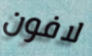
لافون